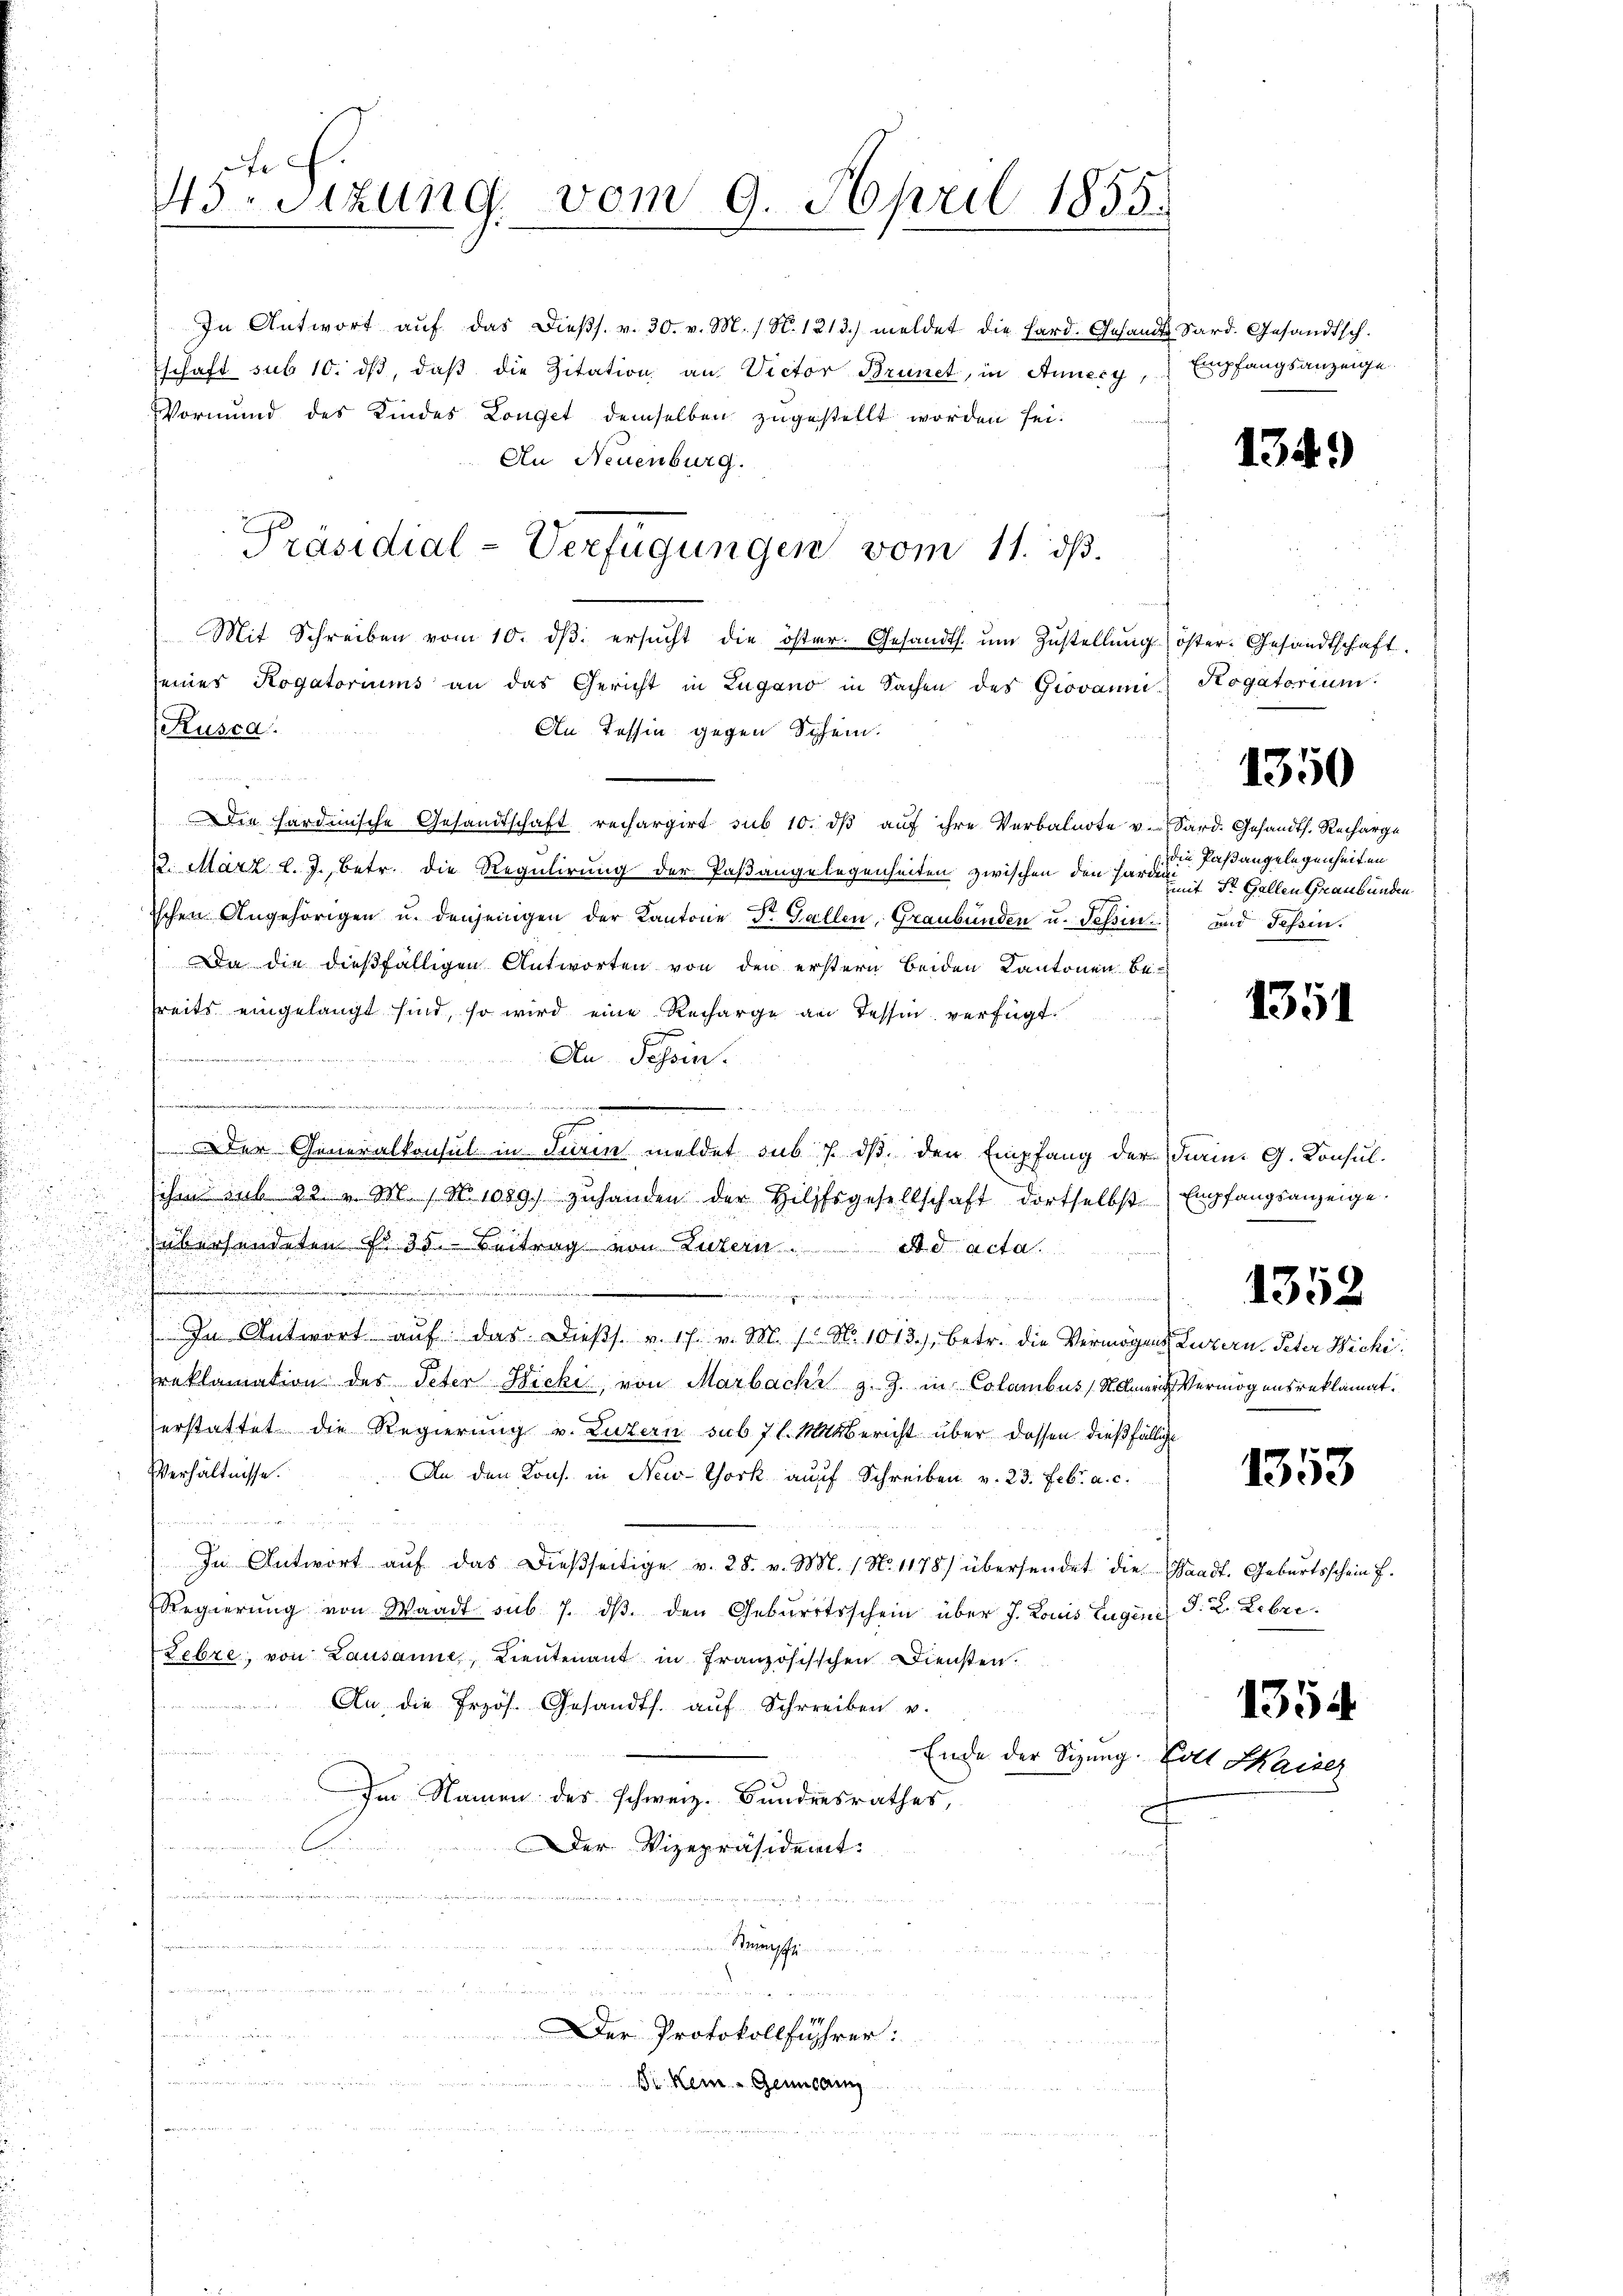
In Antwort aŭf das Dieβs. v. 30. v. M. / N. 1313) meldet die Hard. Gesandt Sard. Gesandtsch.
schaft sub 10. dβ, daβ die Zitation an. Victor Brunet, in Annecy,
Vormund des Kindes Longet demselben zugestellt worden sei.
An Neuenburg.
Mit Schreiben vom 10. dβ ersŭcht die öster. Gesandt. ŭm Zŭstellŭng öster. Gesandtschaft.
seines Rogatoriums an das Gericht in Lugano in Sachen des Giovanni Kogatorium
Rusca.
An Tessin gegen Schein.
Die hardinische Gesandtschaft rechargirt sub 10. dβ aŭf ihre Verbalnote v. Sard. Gesandts. Recharge
2. März l. J., betr. die Regulirung der Paßangelegenheiten zwischen den Harm ist Gallen Graubünden
7
ischen Angehörigen u. denjenigen der Kantone dr. Gallen, Graubünden u. Tessin und Tessin.
Da die dießfälligen Antworten von den erstern beiden Kantonen be-
reits eingelangt sind, so wird eine Recharge an Tessin verfügt:
u
An Schein.
n
.
1
 Der Generalkonsul in Turin meldet sub 7. ds. den Empfang der Parin. G. Konsul-
ihm sub 22. " M.) No 1089. zuhanden der Hilfsgesellschaft dortselbst
übersendeten Fr. 35. Beitrag von Luzern. ad acta
t
n
un
u
In Antwort aŭf das Diess. v. 17. v. M. 1. No 1013.) betr. die Vermögen
Preklamation des Peter Richi, von Marbachi z. Z. in Colambus Holmari
serstattet die Regierung v. Luzern sub 7 l. Mitbericht über dassen dießfällig
Verhältnisse.
An den Kons. in New-York auf Schreiben v. 23. Febr. a. c.
  den Vorstatt der We
In Antwort aŭf das dießseitige v. 28. v. M. 1. No. 1178) übersendet die
Regierŭng von Waadt sub 7. dβ. den Geburtsschein über J. Louis Eugene
Lebre, von Lausanne, Lieutenant in Französischen Diensten.
An die Przös. Gesandts. aŭf Schreiben u.
n
Ende der Sizung. Gott Kaise,

Im Namen des schweiz. Bundesrathes,
.
Der Vizepräsident.

Beninspr
   nicht, die es, als wie de die ein un
un rege
1747
weiten in ein
Der Protokollführer:
 20 x
 einen namen
Dr. Kein - Genusam

de
43-Sitzung, vom 9. April 1855.
e
.

Präsidial-Verfügungen vom 11. ds.

Empfangsanzeige.

134)

die Paßangelegenheiten

1350

1351

Empfangsanzeige.

1352

ZLuzern. Peter Wichi
Vermögensreklamat.

1353

Waadt. Geburtsschein f
§. 2. Lebre

1354